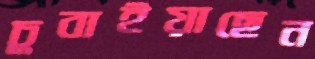
চুবাইয়াছেন